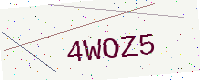
Text: 4WOZ5